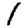
Digit: 1